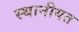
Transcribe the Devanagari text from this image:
स्थानीयत